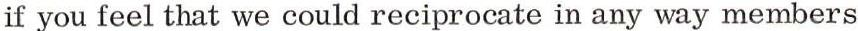
if you feel that we could reciprocate in any way members